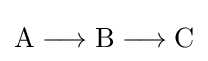
{\mathrm {A} {}\mathrel {\longrightarrow } {}\mathrm {B} {}\mathrel {\longrightarrow } {}\mathrm {C} }